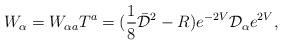
LaTeX: \begin{align*}W_{\alpha} =W_{\alpha a}T^a = (\frac{1}{8} \bar{{\cal D}}^2 -R)e^{-2V}{\cal D}_{\alpha} e^{2V} ,\end{align*}